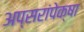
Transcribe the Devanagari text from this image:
अप्सरांपेक्षा